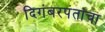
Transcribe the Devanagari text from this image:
दिगंबरपंतांचा